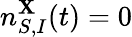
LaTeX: n_{S,I}^{\mathbf{X}}(t)=0